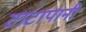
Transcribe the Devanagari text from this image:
टाटापानी